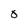
Character: O